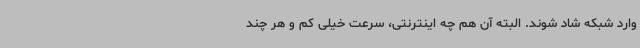
وارد شبکه شاد شوند. البته آن هم چه اینترنتی، سرعت خیلی کم و هر چند